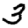
Digit: 3